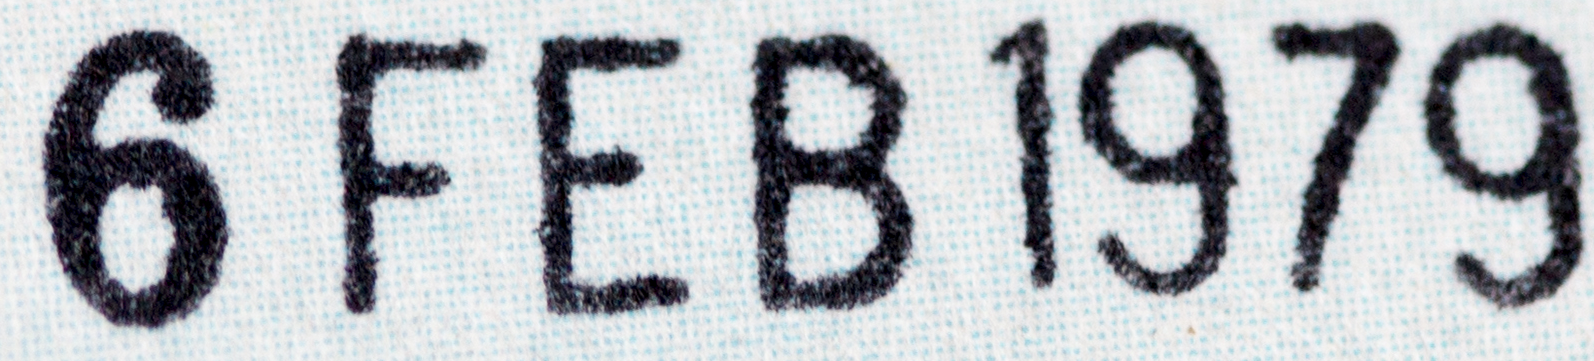
6FEB1979